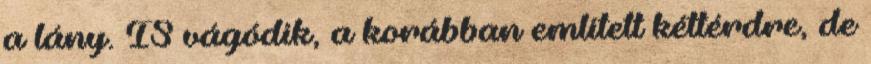
a lány. IS vágódik, a korábban említett kéttérdre, de